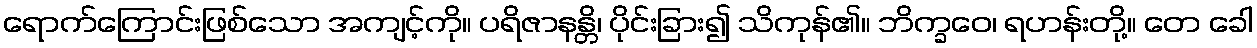
ရောက်ကြောင်းဖြစ်သော အကျင့်ကို။ ပရိဇာနန္တိ၊ ပိုင်းခြား၍ သိကုန်၏။ ဘိက္ခဝေ၊ ရဟန်းတို့။ တေ ခေါ